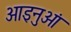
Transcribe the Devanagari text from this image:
आइनुओं